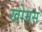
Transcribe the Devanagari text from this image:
खोमस